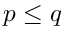
p \leq q